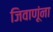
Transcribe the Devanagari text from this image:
जिवाणूंना